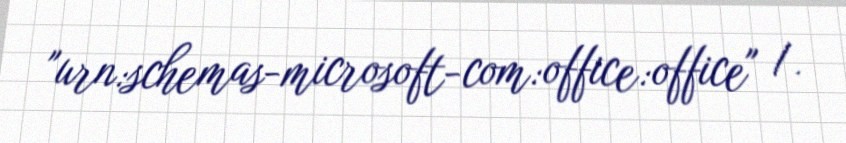
"urn:schemas-microsoft-com:office:office" /.